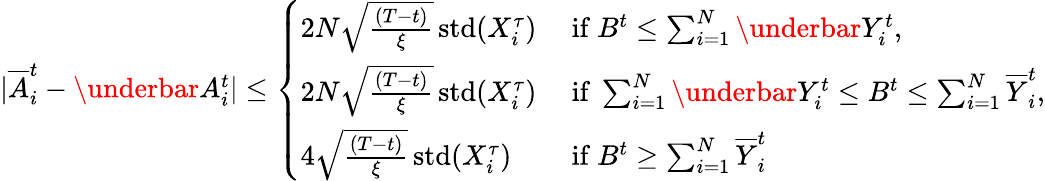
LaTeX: \begin{array}{r}{|\overline{{A}}_{i}^{t}-\underbar{A}_{i}^{t}|\leq\left\{ \begin{array}{ll}{2N\sqrt{\frac{(T-t)}{{\xi}}}\operatorname{std}(X_{i}^{\tau})}&{\mathrm{~if~}B^{t}\leq\sum_{i=1}^{N}\underbar{Y}_{i}^{t},}\\ {2N\sqrt{\frac{(T-t)}{{\xi}}}\operatorname{std}(X_{i}^{\tau})}&{\mathrm{~if~}\sum_{i=1}^{N}\underbar{Y}_{i}^{t}\leq B^{t}\leq\sum_{i=1}^{N}\overline{{Y}}_{i}^{t},}\\ {4\sqrt{\frac{(T-t)}{{\xi}}}\operatorname{std}(X_{i}^{\tau})}&{\mathrm{~if~}B^{t}\geq\sum_{i=1}^{N}\overline{{Y}}_{i}^{t}}\end{array}\right.}\end{array}